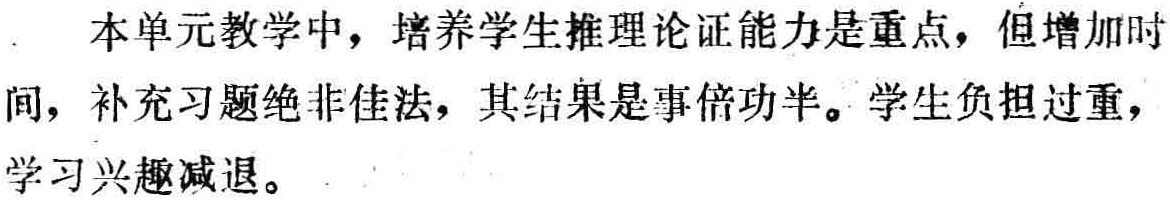
本单元教学中，培养学生推理论证能力是重点，但增加时

间，补充习题绝非佳法，其结果是事倍功半。学生负担过重，

学习兴趣减退。